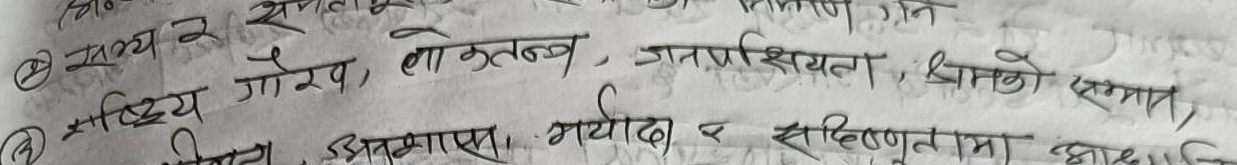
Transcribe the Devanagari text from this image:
सभ्य र
③ राष्ट्रिय गौरख, लोकतन्त्र, जनपक्षियता, श्रमको सम्मान,
पिता अशासन, मर्यादा
र
सहिष्णुतामा आधानि